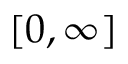
[ 0 , \infty ]